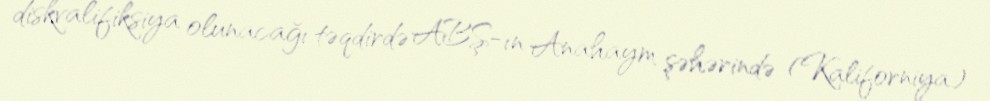
diskvalifiksiya olunacağı təqdirdə ABŞ-ın Anahaym şəhərində (Kaliforniya)